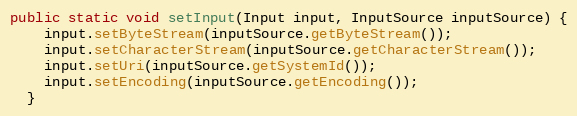
Language: Java
public static void setInput(Input input, InputSource inputSource) {
    input.setByteStream(inputSource.getByteStream());
    input.setCharacterStream(inputSource.getCharacterStream());
    input.setUri(inputSource.getSystemId());
    input.setEncoding(inputSource.getEncoding());
  }